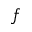
f